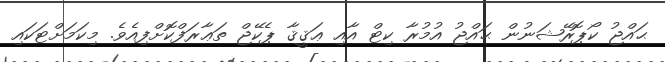
ޙައްޖު ކޯޕޮރޭޝަނުން ޙައްޖު އުމުރާ ކިޓް އާއި ޢަޤީޤާ ޕެކޭޖް ތަޢާރަފްކޮށްފިއެވެ. މިކަމަށްޓަކައި